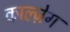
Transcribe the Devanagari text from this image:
काल्ज़ेग